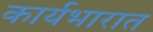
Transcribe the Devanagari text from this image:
कार्यभारात